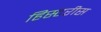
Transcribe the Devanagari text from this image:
हिस्टरीस